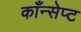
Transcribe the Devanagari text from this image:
काँन्सेप्ट